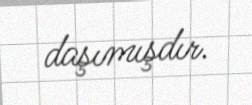
daşımışdır.